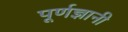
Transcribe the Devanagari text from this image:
पूर्णज्ञानी